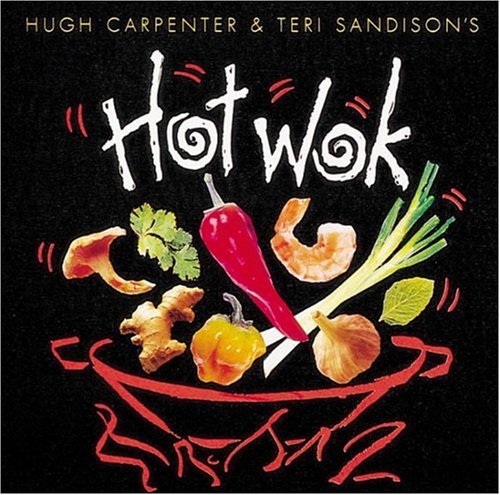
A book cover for Hot Wok (Hot Books); Hugh Carpenter; Cookbooks, Food & Wine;